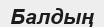
Балдың